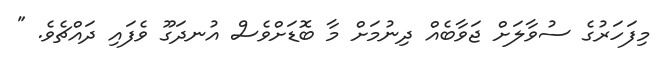
މިފަހަރުގެ ސުވާލަށް ޖަވާބެއް ދިނުމަށް މާ ބޮޑަށްވެސް އުނދަގޫ ވެފައި ދައްޗެވެ. "